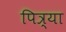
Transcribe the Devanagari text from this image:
पित्र्या